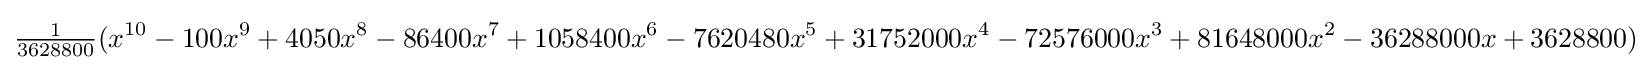
{\tfrac {1}{3628800}}(x^{10}-100x^{9}+4050x^{8}-86400x^{7}+1058400x^{6}-7620480x^{5}+31752000x^{4}-72576000x^{3}+81648000x^{2}-36288000x+3628800)